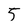
Character: 5